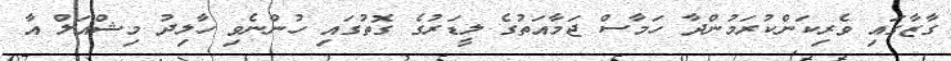
ގާޒާގައި ވެރިކަންކުރަމުންދާ ހަމާސް ޖަމާއަތުގެ ލީޑަރުގެ ގޮތުގައި ހުންނެވި ހާލިދު މިޝްއަލް އާ